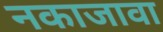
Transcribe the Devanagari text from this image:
नकाजावा